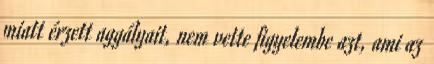
miatt érzett aggályait, nem vette figyelembe azt, ami az